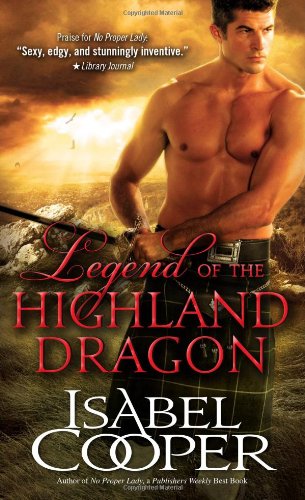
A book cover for Legend of the Highland Dragon (Highland Dragons); Isabel Cooper; Romance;